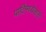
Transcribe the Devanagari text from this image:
पार्टिमध्येजाते